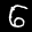
Label: 6